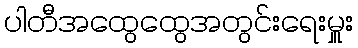
ပါတီအထွေထွေအတွင်းရေးမှူး